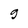
Character: 9